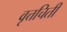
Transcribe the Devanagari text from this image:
वृत्तचिती